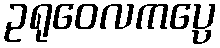
ဥရုဝေလကပ္ပေ